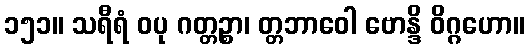
၁၅၁။ သရီရံ ဝပု ဂတ္တဉ္စာ၊ တ္တဘာဝေါ ဗောန္ဒိ ဝိဂ္ဂဟော။